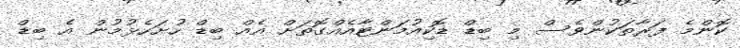
ކޮންމެ ފަރާތަކުންވެސް މި ބިޑް ޑޮކިއުމަންޓާއެއްގޮތަށް އެއް ބިޑް ހުށަހެޅުމުން އެ ބިޑް